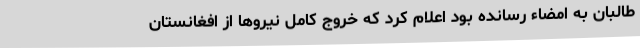
طالبان به امضاء رسانده بود اعلام کرد که خروج کامل نیروها از افغانستان